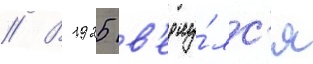
// В 1925 в'ерну́лс'я